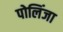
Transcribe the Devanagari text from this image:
पोलिंजा